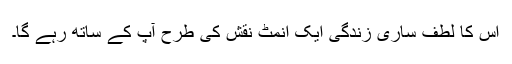
اس کا لطف ساری زندگی ایک انمٹ نقش کی طرح آپ کے ساتھ رہے گا۔